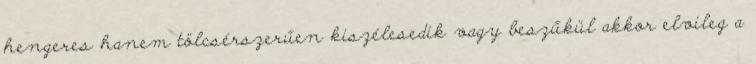
hengeres hanem tölcsérszerűen kiszélesedik vagy beszűkül akkor elvileg a